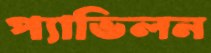
প্যাভিলন